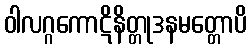
ဝါလဂ္ဂကောဋိနိတ္တုဒနမတ္တောပိ